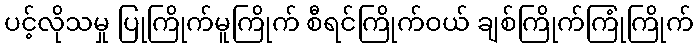
ပင့်လိုသမှု ပြုကြိုက်မူကြိုက် စီရင်ကြိုက်ဝယ် ချစ်ကြိုက်ကြုံကြိုက်